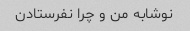
نوشابه من و چرا نفرستادن